Cholera in southern India
Disease focus: Cholera
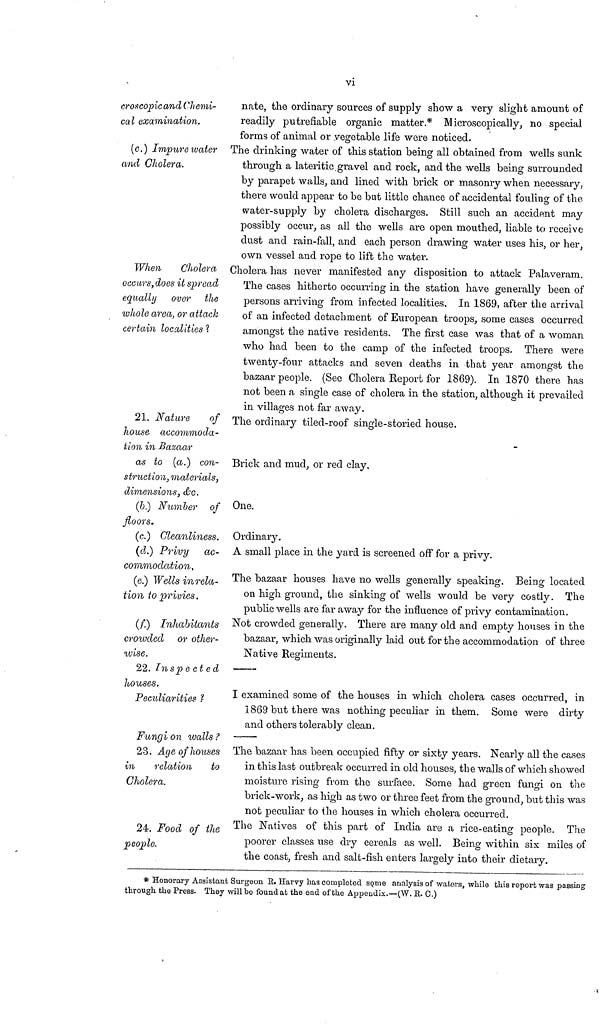
vi
croscopic and Chemi-
cal examination.
nate, the ordinary sources of supply show a very slight amount of
readily putrefiable organic matter.* Microscopically, no special
forms of animal or vegetable life were noticed.
(c.) Impure water
and Cholera.
The drinking water of this station being all obtained from wells sunk
through a lateritic gravel and rock, and the wells being surrounded
by parapet walls, and lined with brick or masonry when necessary,
there would appear to be but little chance of accidental fouling of the
water-supply by cholera discharges. Still such an accident may
possibly occur, as all the wells are open mouthed, liable to receive
dust and rain-fall, and each person drawing water uses his, or her,
own vessel and rope to lift the water.
When Cholera
occurs, does it spread
equally over the
whole area, or attach
certain localities ?
Cholera has never manifested any disposition to attack Palaveram.
The cases hitherto occurring in the station have generally been of
persons arriving from infected localities. In 186!), after the arrival
of an infected detachment of European troops, some cases occurred
amongst the native residents. The first case was that of a woman
who had been to the camp of the infected troops. There were
twenty-four attacks and seven deaths in that year amongst the
bazaar people. (See Cholera Report for 1869). In 1870 there has
not been a single case of cholera in the station, although it prevailed
in villages not far away.
21. Nature
of
house accommoda-
tion in Bazaar
The ordinary tiled-roof single-storied house.
as to (a.) con-
struction, materials,
dimensions, &c.
Brick and mud, or red clay,
(6.) Number of
floors.
One.
(c.) Cleanliness. Ordinary.
(d.) Privy
ac-
commodation,
A small place in the yard is screened off for a privy.
(e.) Wells inrela-
tion to privies.
The bazaar houses have no wells generally speaking. Being located
on high ground, the sinking of wells would be very costly. The
public wells are far away for the influence of privy contamination.
(f.)
Inhabitants
crowded or other-
wise.
Not crowded generally. There are many old and empty houses in the
bazaar, which was originally laid out for the accommodation of three
Native Regiments.
22.
Inspected
houses.
Peculiarities ?
I examined some of the houses in which cholera cases occurred, in
1869 but there was nothing peculiar in them. Some were dirty
and others tolerably clean.
Fungi on walls ?
23. Age of houses
in
relation
to
Cholera.
The bazaar has been occupied fifty or sixty years. Nearly all the cases
in this last outbreak occurred in old houses, the walls of which showed
moisture rising from the surface. Some had green fungi on the
brick-work, as high as two or three feet from the ground, but this was
not peculiar to the houses in which cholera occurred.
24. Food of the
people.
The Natives of this part of India are a rice-eating people. The
poorer classes use dry cereals as well. Being within six miles of
the coast, fresh and salt-fish enters largely into their dietary.
* Honorary Assistant Surgeon R. Harvy has completed some analysis of waters, while this report was passing
through the Press. They will be found at the end of the Appendix.—(W. R. C.)